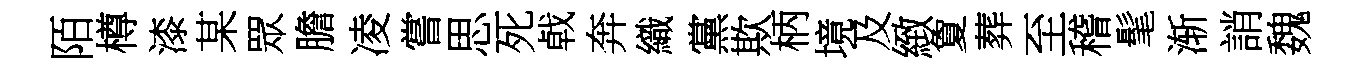
陌樽漆某眾膽凌嘗思死㦸奔織黨欺柄境及緻夐葬至稽髦渐誚魏